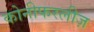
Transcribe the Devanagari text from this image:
कोनीफरलीज़